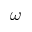
\omega